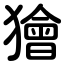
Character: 獪